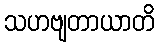
သဟဗျတာယာတိ